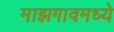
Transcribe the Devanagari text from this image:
माझगावमध्ये